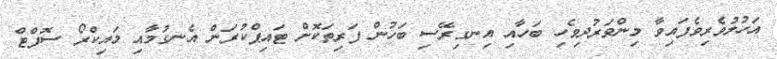
އަހުލުވެރިވެފައިވާ މިންވަރުދިވެހި ބަހާއި އިނގިރޭސި ބަހުން ފަރިތަކޮށް ޓައިޕްކުރަން އެނގުމާއި މައިކްރޯ ސޮފްޓް